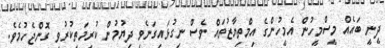
ދީނީ ބައެއް މީސްމީހުން އެމީހުންގެ އިމްތިޔާޒުތައް ވެސް ނިގުޅައިގަނެވި ދިޔުމުން ކުރިމަތިކުރުވި ގޮންޖެހުމެވެ.